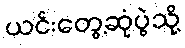
ယင်းတွေ့ဆုံပွဲသို့